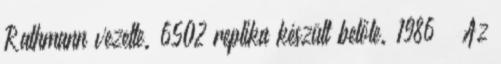
Rathmann vezette. 6502 replika készült belőle. 1986 – Az